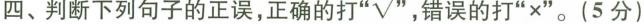
四、判断下列句子的正误，正确的打”√”，错误的打”×”。(5分)